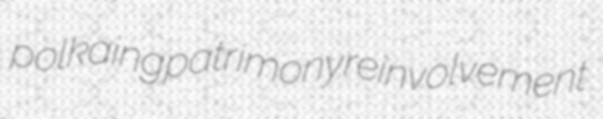
polkaing patrimony reinvolvement